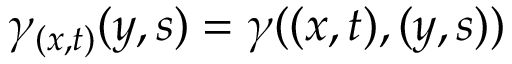
\ \gamma _ { ( x , t ) } ( y , s ) = \gamma ( ( x , t ) , ( y , s ) )